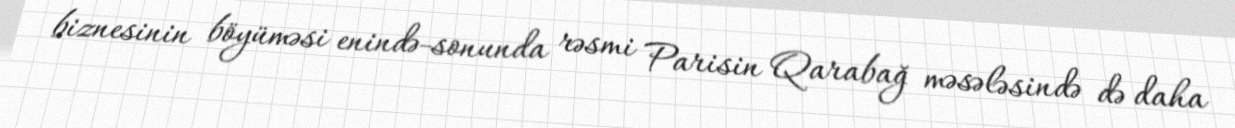
biznesinin böyüməsi enində-sonunda rəsmi Parisin Qarabağ məsələsində də daha